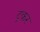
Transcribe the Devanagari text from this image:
ट्रकर